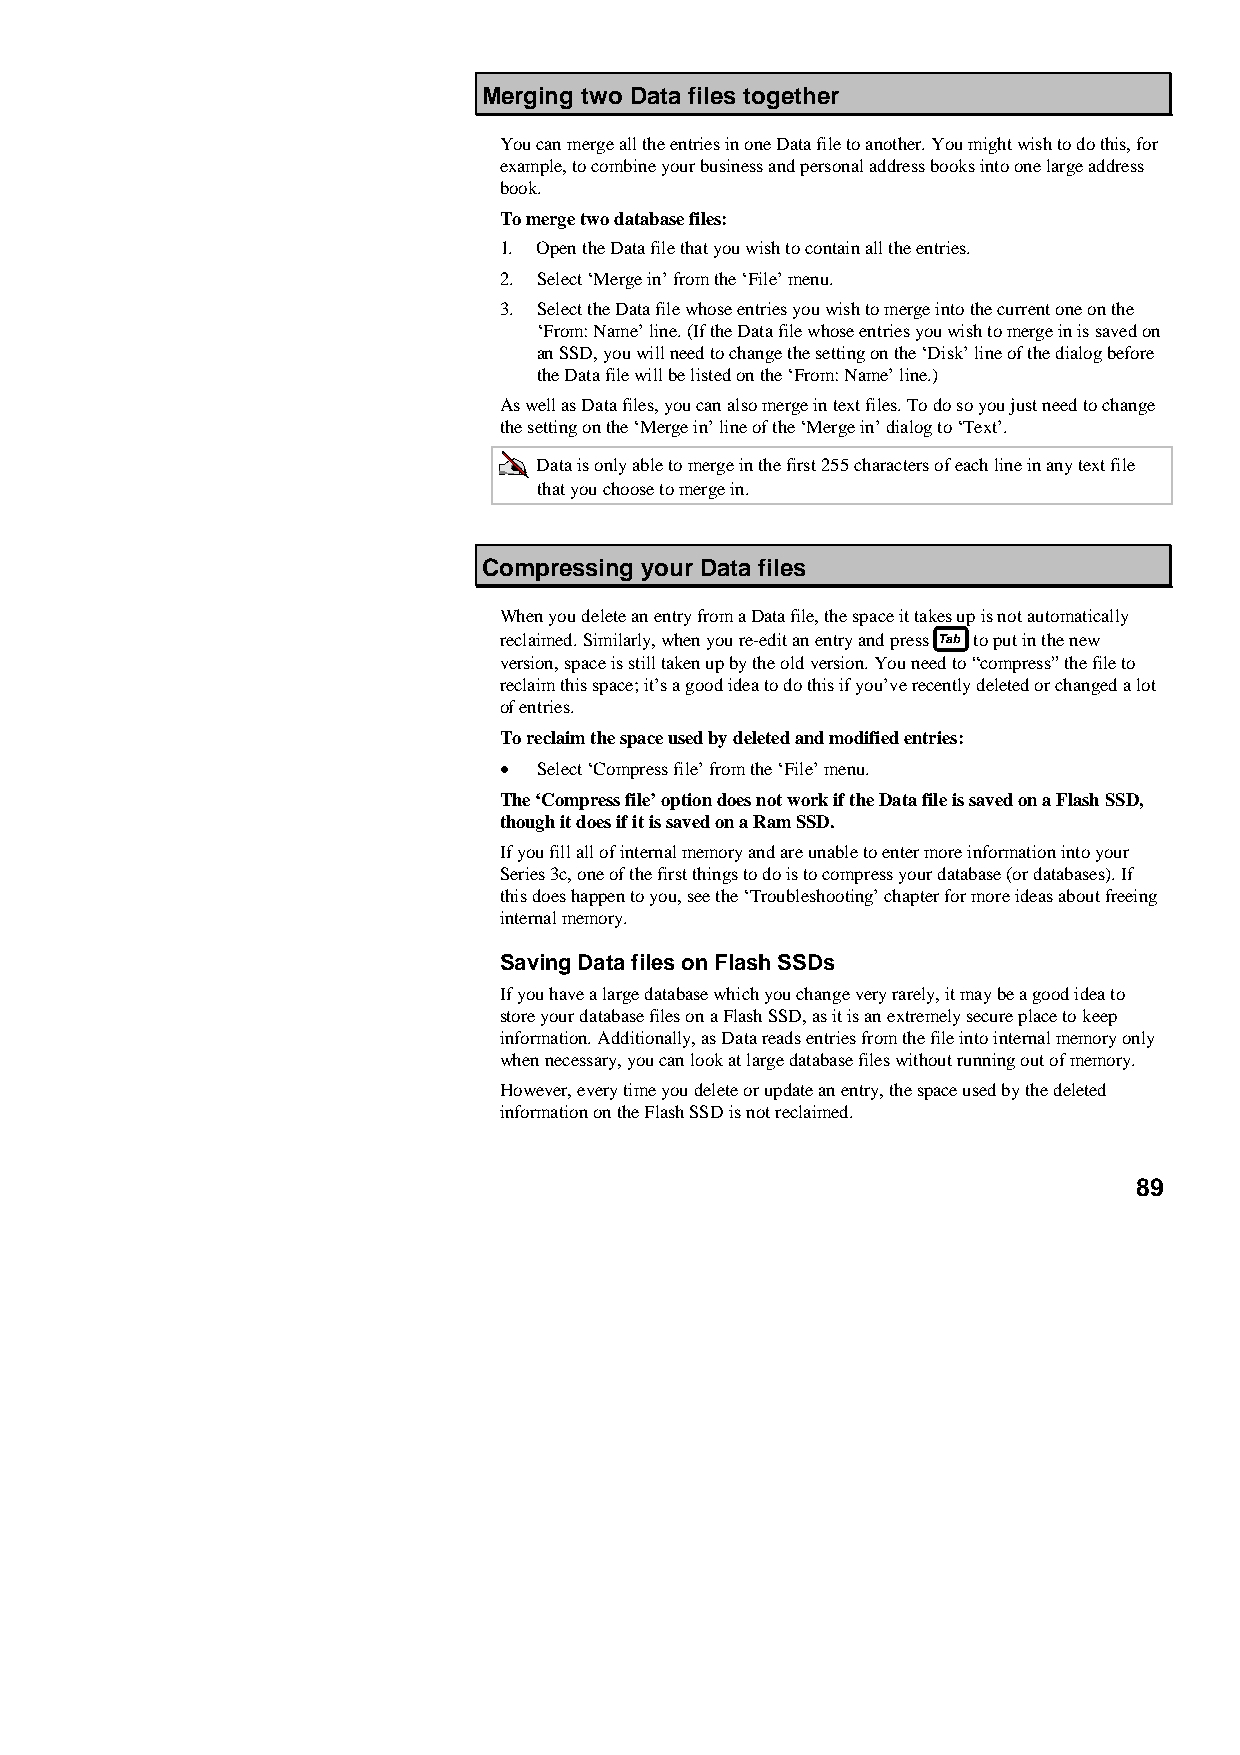
Merging two Data files together
 You can merge all the entries in one Data file to another. You might wish to do this, for
 example, to combine your business and personal address books into one large address
 book.
 To merge two database files:
 1. Open the Data file that you wish to contain all the entries.
 2. Select ‘Merge in’ from the ‘File’ menu.
 3. Select the Data file whose entries you wish to merge into the current one on the
 ‘From: Name’ line. (If the Data file whose entries you wish to merge in is saved on
 an SSD, you will need to change the setting on the ‘Disk’ line of the dialog before
 the Data file will be listed on the ‘From: Name’ line.)
 As well as Data files, you can also merge in text files. To do so you just need to change
 the setting on the ‘Merge in’ line of the ‘Merge in’ dialog to ‘Text’.
 Data is only able to merge in the first 255 characters of each line in any text file
 that you choose to merge in.
 Compressing your Data files
 When you delete an entry from a Data file, the space it takes up is not automatically
 reclaimed. Similarly, when you re-edit an entry and press to put in the new
 version, space is still taken up by the old version. You need to “compress” the file to
 reclaim this space; it’s a good idea to do this if you’ve recently deleted or changed a lot
 of entries.
 To reclaim the space used by deleted and modified entries:
 •  Select ‘Compress file’ from the ‘File’ menu.
 The ‘Compress file’ option does not work if the Data file is saved on a Flash SSD,
 though it does if it is saved on a Ram SSD.
 If you fill all of internal memory and are unable to enter more information into your
 Series 3c, one of the first things to do is to compress your database (or databases). If
 this does happen to you, see the ‘Troubleshooting’ chapter for more ideas about freeing
 internal memory.
 Saving Data files on Flash SSDs
 If you have a large database which you change very rarely, it may be a good idea to
 store your database files on a Flash SSD, as it is an extremely secure place to keep
 information. Additionally, as Data reads entries from the file into internal memory only
 when necessary, you can look at large database files without running out of memory.
 However, every time you delete or update an entry, the space used by the deleted
 information on the Flash SSD is not reclaimed.
 89